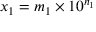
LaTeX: x _ { 1 } = m _ { 1 } \times 1 0 ^ { n _ { 1 } }